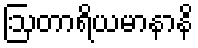
ဩတာရိယမာနာနိ